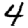
Digit: 4